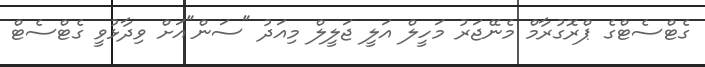
ގެޓްސެޓްގެ ޕްރޮގުރާމް މެނޭޖަރު މަހީލް އަލީ ޖަލީލް މިއަދު "ސަން"އަށް ވިދާޅުވީ ގެޓްސެޓް